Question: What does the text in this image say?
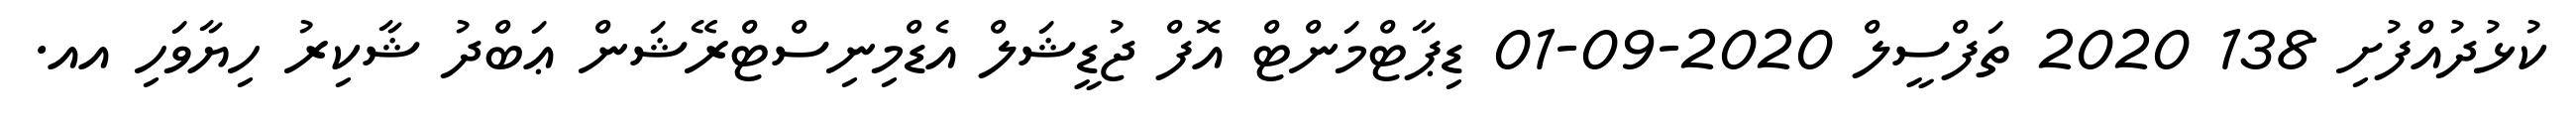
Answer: ކުޅުދުއްފުށި 138 2020 ތަފްސީލް 2020-09-01 ޑިޕާޓްމަންޓް އޮފް ޖުޑީޝަލް އެޑްމިނިސްޓްރޭޝަން ޢަބްދު ޝާކިރު ހިޔާވަހި އއ.